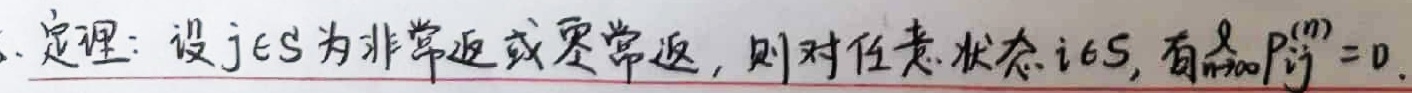
定理：设\(j\in S\)为非常返或零常返，则对任意状态\(i\in S\)，有\(\lim_{n\rightarrow\infty}P_{ij}^{(n)} = 0\)。